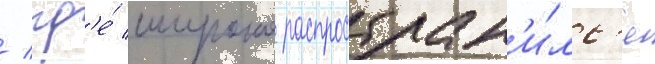
/ гд'е́ широко распростран'и́лс'я